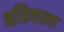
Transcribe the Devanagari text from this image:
क्षत्रियाला